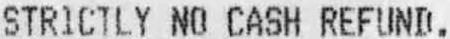
STRICTLY NO CASH REFUND.